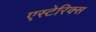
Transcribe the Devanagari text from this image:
एस्टेरिक्स